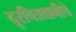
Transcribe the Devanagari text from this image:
दूरचित्रवानीचे